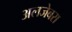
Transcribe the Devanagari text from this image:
अलजेबरा